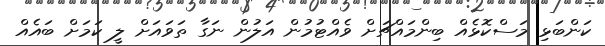
ކަންބަޅި މަސްކޮޅެއް ބިންމައްޗަށް ވެއްޓުމުން އަލުން ނަގާ ތަވައަށް ލީ ކަމަށް ބައެއް